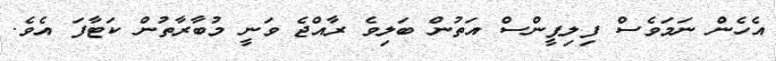
އެހެން ނަމަވެސް ފިލިޕީންސް އަތުން ބަލިވެ ރާއްޖެ ވަނީ މުބާރާތުން ކަޓާފަ އެވެ.